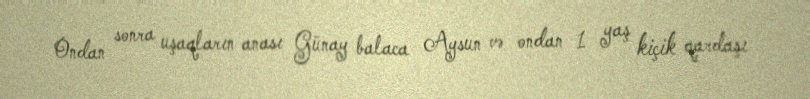
Ondan sonra uşaqların anası Günay balaca Aysun və ondan 1 yaş kiçik qardaşı